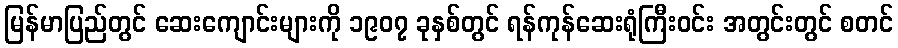
မြန်မာပြည်တွင် ဆေးကျောင်းများကို ၁၉၀၇ ခုနှစ်တွင် ရန်ကုန်ဆေးရုံကြီးဝင်း အတွင်းတွင် စတင်